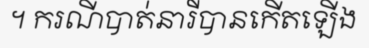
។ ករណីបាត់នារីបានកើតឡើង